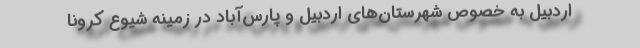
اردبیل به خصوص شهرستان‌های اردبیل و پارس‌آباد در زمینه شیوع کرونا